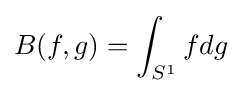
B(f,g)=\int _{S^{1}}fdg